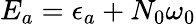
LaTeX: E_{a}=\epsilon_{a}+N_{0}\omega_{0}